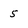
Character: 5